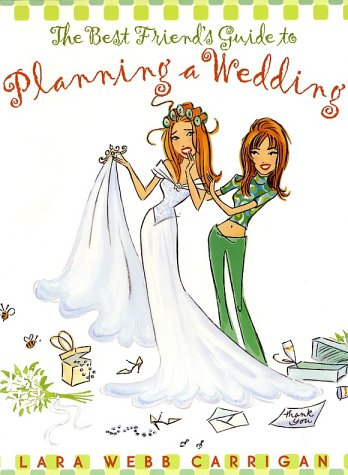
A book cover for The Best Friend's Guide to Planning a Wedding: How to Find a Dress, Return the Shoes, Hire a Caterer, Fire the Photographer, Choose a Florist, Book a Band, ... Still Wind Up Married at the End of It All; Lara Webb Carrigan; Crafts, Hobbies & Home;